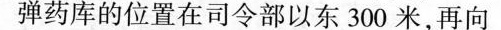
弹药库的位置在司令部以东300米，再向